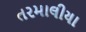
તરમાલીયા